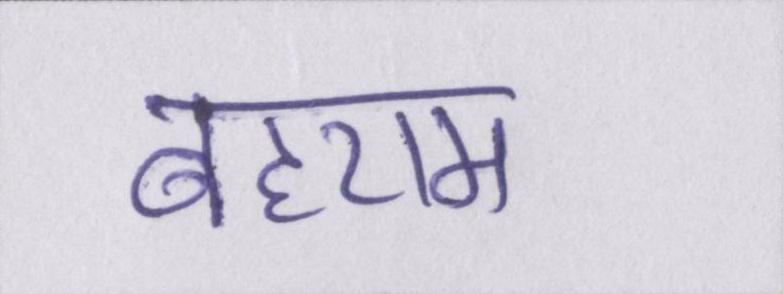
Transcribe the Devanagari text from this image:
बहराम